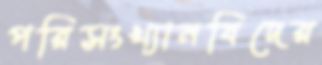
পরিসংখ্যানবিদের